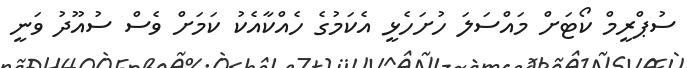
ސުޕްރީމް ކޯޓަށް މައްސަލަ ހުށަހެޅީ އެކަމުގެ ހެއްކާއެކު ކަމަށް ވެސް ސުއޫދު ވަނީ